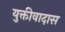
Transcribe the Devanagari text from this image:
युक्तीवादास